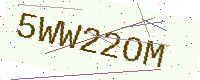
Text: 5WW22OM